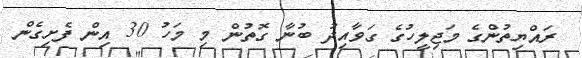
ރައްޔިތުންގެ މަޖިލީހުގެ ގަވާއިދު ބުނާ ގޮތުން މި މަހު 30 އިން ފެށިގެން